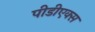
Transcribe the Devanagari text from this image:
पीडीएक्स